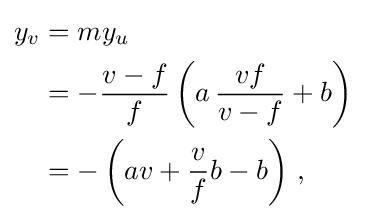
{\begin{aligned}y_{v}&=my_{u}\\&=-{\frac {v-f}{f}}\left(a\,{\frac {vf}{v-f}}+b\right)\\&=-\left(av+{\frac {v}{f}}b-b\right)\,,\end{aligned}}